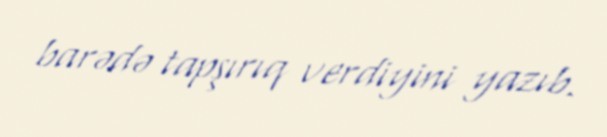
barədə tapşırıq verdiyini yazıb.